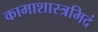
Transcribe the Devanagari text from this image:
कामाशास्त्रमिदं